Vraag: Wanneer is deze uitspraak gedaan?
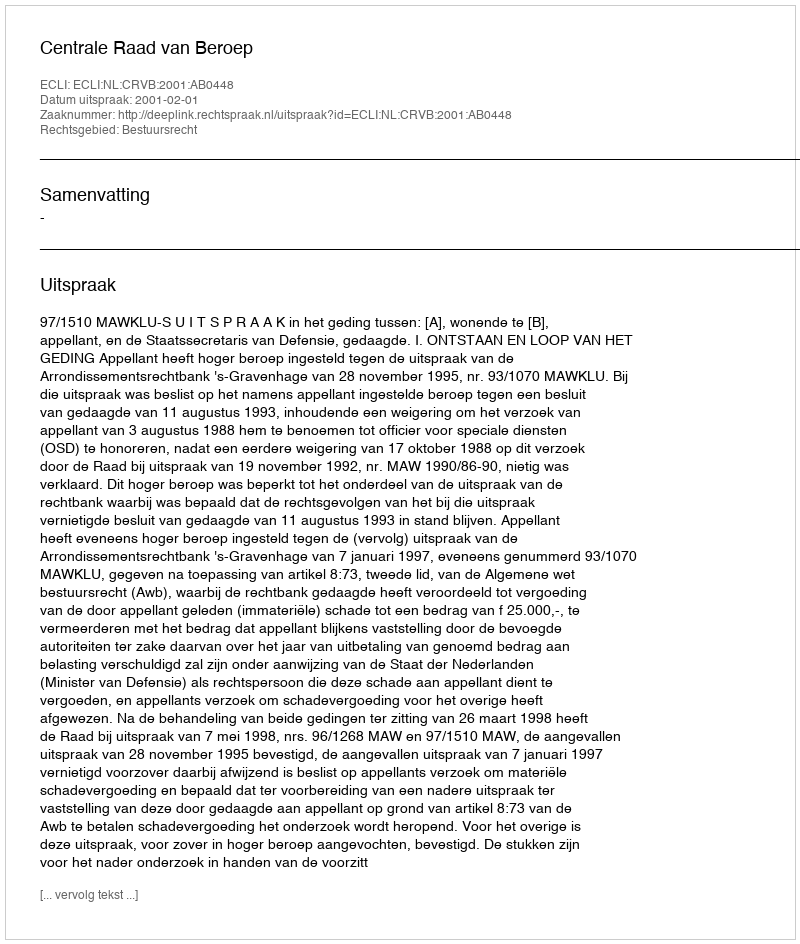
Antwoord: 2001-02-01